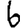
Digit: 6